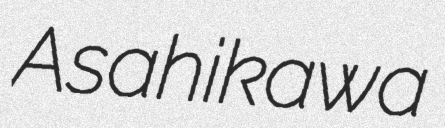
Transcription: Asahikawa